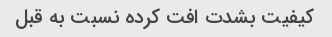
کیفیت بشدت افت کرده نسبت به قبل